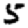
Digit: 5